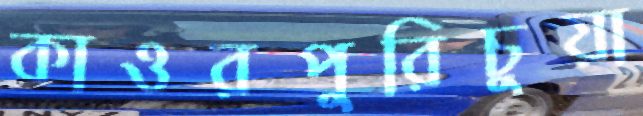
কাওরপুরিচুয়া